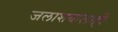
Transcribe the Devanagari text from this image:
जलाशयालाही